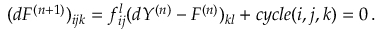
( d F ^ { ( n + 1 ) } ) _ { i j k } = f _ { i j } ^ { l } ( d Y ^ { ( n ) } - F ^ { ( n ) } ) _ { k l } + c y c l e ( i , j , k ) = 0 \, .